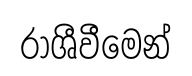
රාශීවීමෙන්